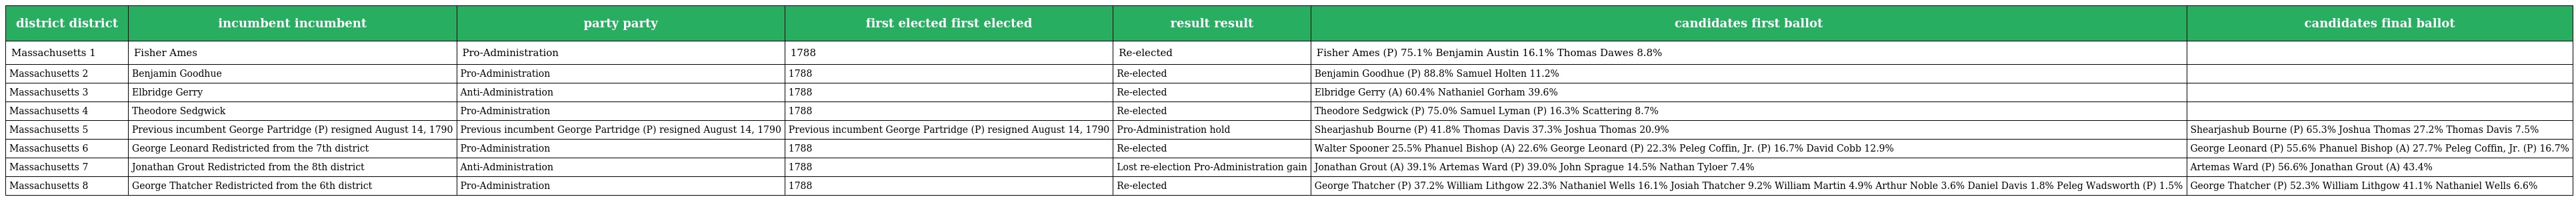
| district district | incumbent incumbent | party party | first elected first elected | result result | candidates first ballot | candidates final ballot |
 | --- | --- | --- | --- | --- | --- | --- |
 | Massachusetts 1 | Fisher Ames | Pro-Administration | 1788 | Re-elected | Fisher Ames (P) 75.1% Benjamin Austin 16.1% Thomas Dawes 8.8% |  |
 | Massachusetts 2 | Benjamin Goodhue | Pro-Administration | 1788 | Re-elected | Benjamin Goodhue (P) 88.8% Samuel Holten 11.2% |  |
 | Massachusetts 3 | Elbridge Gerry | Anti-Administration | 1788 | Re-elected | Elbridge Gerry (A) 60.4% Nathaniel Gorham 39.6% |  |
 | Massachusetts 4 | Theodore Sedgwick | Pro-Administration | 1788 | Re-elected | Theodore Sedgwick (P) 75.0% Samuel Lyman (P) 16.3% Scattering 8.7% |  |
 | Massachusetts 5 | Previous incumbent George Partridge (P) resigned August 14, 1790 | Previous incumbent George Partridge (P) resigned August 14, 1790 | Previous incumbent George Partridge (P) resigned August 14, 1790 | Pro-Administration hold | Shearjashub Bourne (P) 41.8% Thomas Davis 37.3% Joshua Thomas 20.9% | Shearjashub Bourne (P) 65.3% Joshua Thomas 27.2% Thomas Davis 7.5% |
 | Massachusetts 6 | George Leonard Redistricted from the 7th district | Pro-Administration | 1788 | Re-elected | Walter Spooner 25.5% Phanuel Bishop (A) 22.6% George Leonard (P) 22.3% Peleg Coffin, Jr. (P) 16.7% David Cobb 12.9% | George Leonard (P) 55.6% Phanuel Bishop (A) 27.7% Peleg Coffin, Jr. (P) 16.7% |
 | Massachusetts 7 | Jonathan Grout Redistricted from the 8th district | Anti-Administration | 1788 | Lost re-election Pro-Administration gain | Jonathan Grout (A) 39.1% Artemas Ward (P) 39.0% John Sprague 14.5% Nathan Tyloer 7.4% | Artemas Ward (P) 56.6% Jonathan Grout (A) 43.4% |
 | Massachusetts 8 | George Thatcher Redistricted from the 6th district | Pro-Administration | 1788 | Re-elected | George Thatcher (P) 37.2% William Lithgow 22.3% Nathaniel Wells 16.1% Josiah Thatcher 9.2% William Martin 4.9% Arthur Noble 3.6% Daniel Davis 1.8% Peleg Wadsworth (P) 1.5% | George Thatcher (P) 52.3% William Lithgow 41.1% Nathaniel Wells 6.6% |